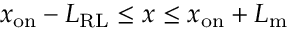
x _ { \mathrm { o n } } - L _ { \mathrm { R L } } \leq x \leq x _ { \mathrm { o n } } + L _ { \mathrm { m } }